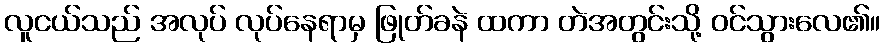
လူငယ်သည် အလုပ် လုပ်နေရာမှ ဖြုတ်ခနဲ ထကာ တဲအတွင်းသို့ ဝင်သွားလေ၏။